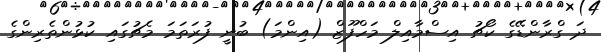
ދަ ގްރާންޑޭގެ ކޯޗު އިސްމާއިލް މަހްފޫޒް (އިންމަ) ބުނީ ފުރަތަމަ މެޗުގައި ކުޅުންތެރިންގެ